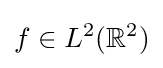
f\in L^{2}(\mathbb {R} ^{2})